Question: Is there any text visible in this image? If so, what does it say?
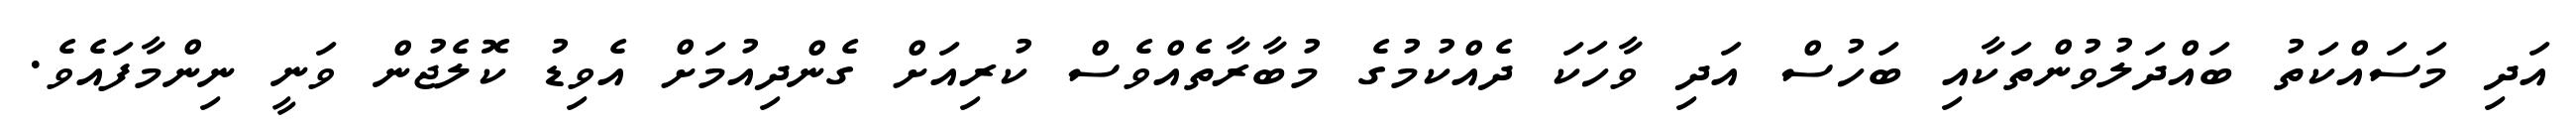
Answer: އަދި މަސައްކަތު ބައްދަލުވުންތަކާއި ބަހުސް އަދި ވާހަކަ ދެއްކުމުގެ މުބާރާތެއްވެސް ކުރިއަށް ގެންދިއުމަށް އެވިޑު ކޮލެޖުން ވަނީ ނިންމާފައެވެ.